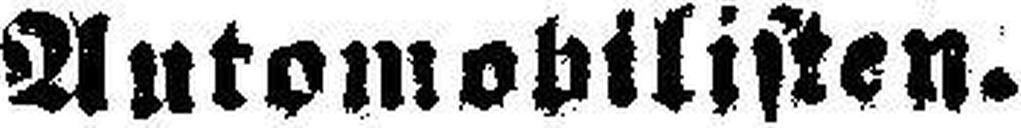
Automobilisten.